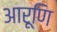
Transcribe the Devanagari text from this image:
आरूणि